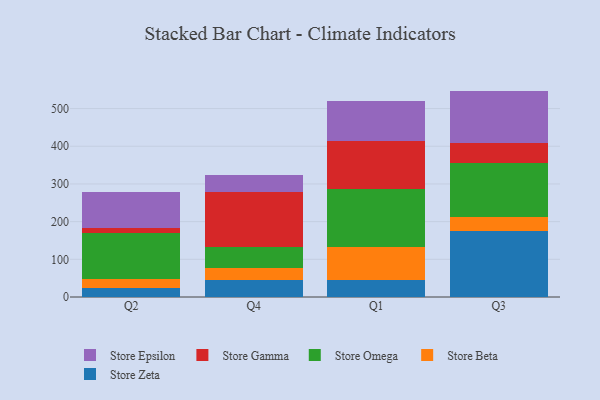
{"axis": {"x": "Quarter", "y": "Backlog"}, "legend": ["Store Beta", "Store Epsilon", "Store Gamma", "Store Omega", "Store Zeta"], "data": [{"x": "Q2", "y": 24.6, "type": "Store Zeta"}, {"x": "Q2", "y": 22.9, "type": "Store Beta"}, {"x": "Q2", "y": 122.0, "type": "Store Omega"}, {"x": "Q2", "y": 14.3, "type": "Store Gamma"}, {"x": "Q2", "y": 94.0, "type": "Store Epsilon"}, {"x": "Q4", "y": 45.0, "type": "Store Zeta"}, {"x": "Q4", "y": 33.2, "type": "Store Beta"}, {"x": "Q4", "y": 55.8, "type": "Store Omega"}, {"x": "Q4", "y": 145.1, "type": "Store Gamma"}, {"x": "Q4", "y": 45.4, "type": "Store Epsilon"}, {"x": "Q1", "y": 45.7, "type": "Store Zeta"}, {"x": "Q1", "y": 86.1, "type": "Store Beta"}, {"x": "Q1", "y": 153.8, "type": "Store Omega"}, {"x": "Q1", "y": 127.5, "type": "Store Gamma"}, {"x": "Q1", "y": 106.4, "type": "Store Epsilon"}, {"x": "Q3", "y": 175.1, "type": "Store Zeta"}, {"x": "Q3", "y": 36.3, "type": "Store Beta"}, {"x": "Q3", "y": 144.6, "type": "Store Omega"}, {"x": "Q3", "y": 52.1, "type": "Store Gamma"}, {"x": "Q3", "y": 138.9, "type": "Store Epsilon"}]}